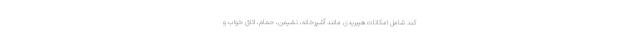
کند شامل امکانات هیبریدی مانند آشپزخانه، نشیمن، حمام، اتاق خواب و